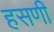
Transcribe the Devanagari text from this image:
हसणी